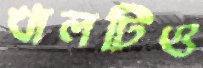
খালটিও